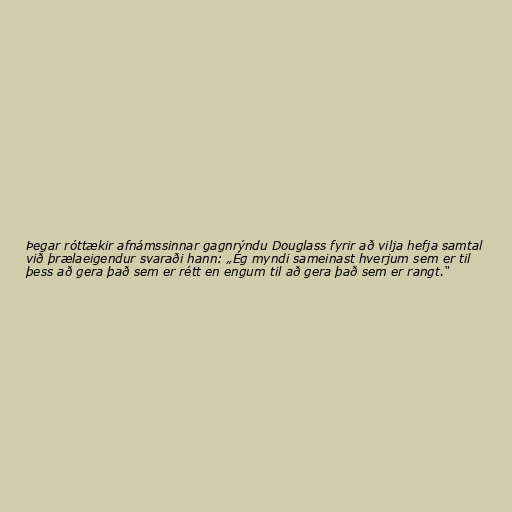
Þegar róttækir afnámssinnar gagnrýndu Douglass fyrir að vilja hefja samtal
við þrælaeigendur svaraði hann: „Ég myndi sameinast hverjum sem er til
þess að gera það sem er rétt en engum til að gera það sem er rangt.“